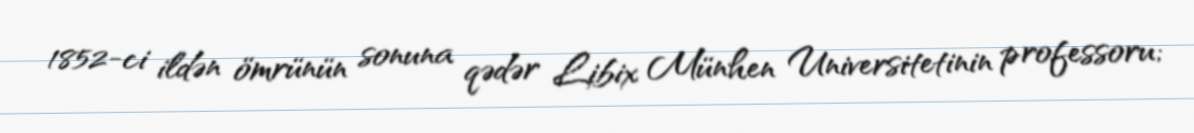
1852-ci ildən ömrünün sonuna qədər Libix Münhen Universitetinin professoru;